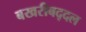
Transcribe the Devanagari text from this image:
बखरीबद्दल